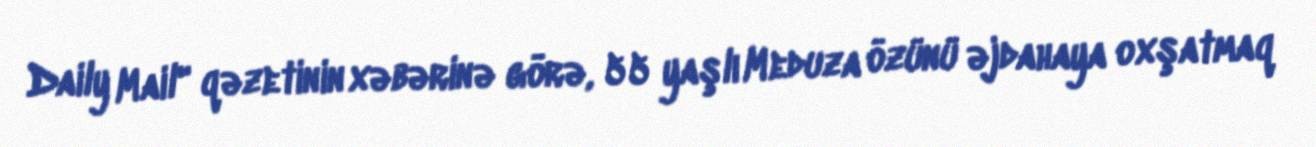
Daily Mail" qəzetinin xəbərinə görə, 55 yaşlı Meduza özünü əjdahaya oxşatmaq